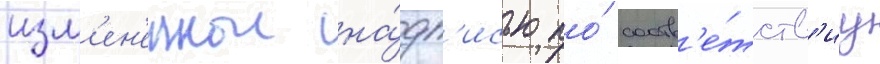
изм'ен'еннои на́дп'исью по́ соотв'е́тств'иу